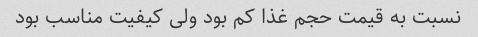
نسبت به قیمت حجم غذا کم بود ولی کیفیت مناسب بود